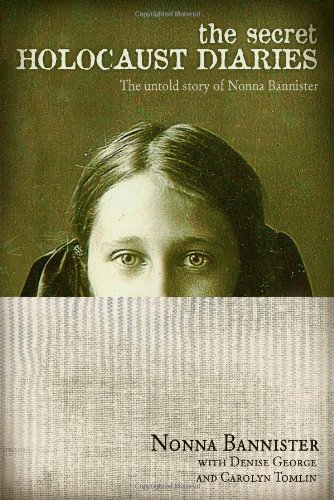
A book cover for The Secret Holocaust Diaries: The Untold Story of Nonna Bannister; Biographies & Memoirs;